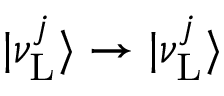
| \nu _ { \mathrm { L } } ^ { j } \rangle \to | \nu _ { \mathrm { L } } ^ { j } \rangle